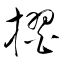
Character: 摺